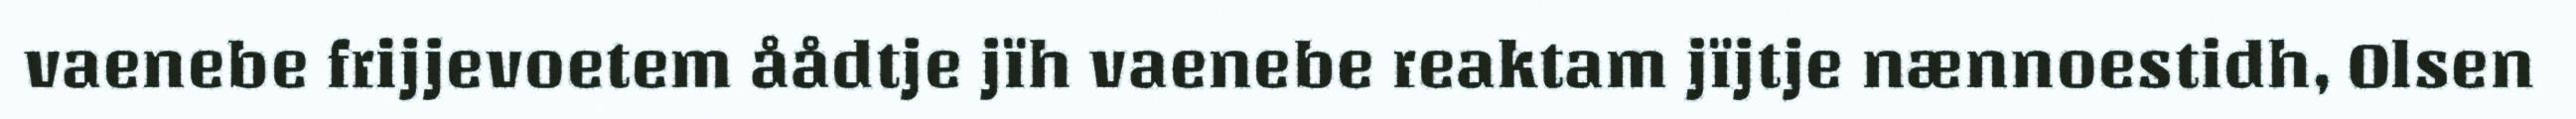
vaenebe frijjevoetem åådtje jïh vaenebe reaktam jïjtje nænnoestidh, Olsen